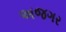
અજગર